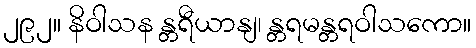
၂၉၂။ နိဝါသန န္တရီယာနျ၊ န္တရမန္တရဝါသကော။